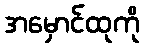
အမှောင်ထုကို